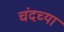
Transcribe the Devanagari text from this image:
चंदच्या